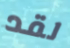
لقد